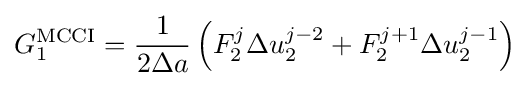
G_{1}^{\text{MCCI}}={\frac {1}{2\Delta a}}\left(F_{2}^{j}{\Delta u_{2}^{j-2}}+F_{2}^{j+1}{\Delta u_{2}^{j-1}}\right)